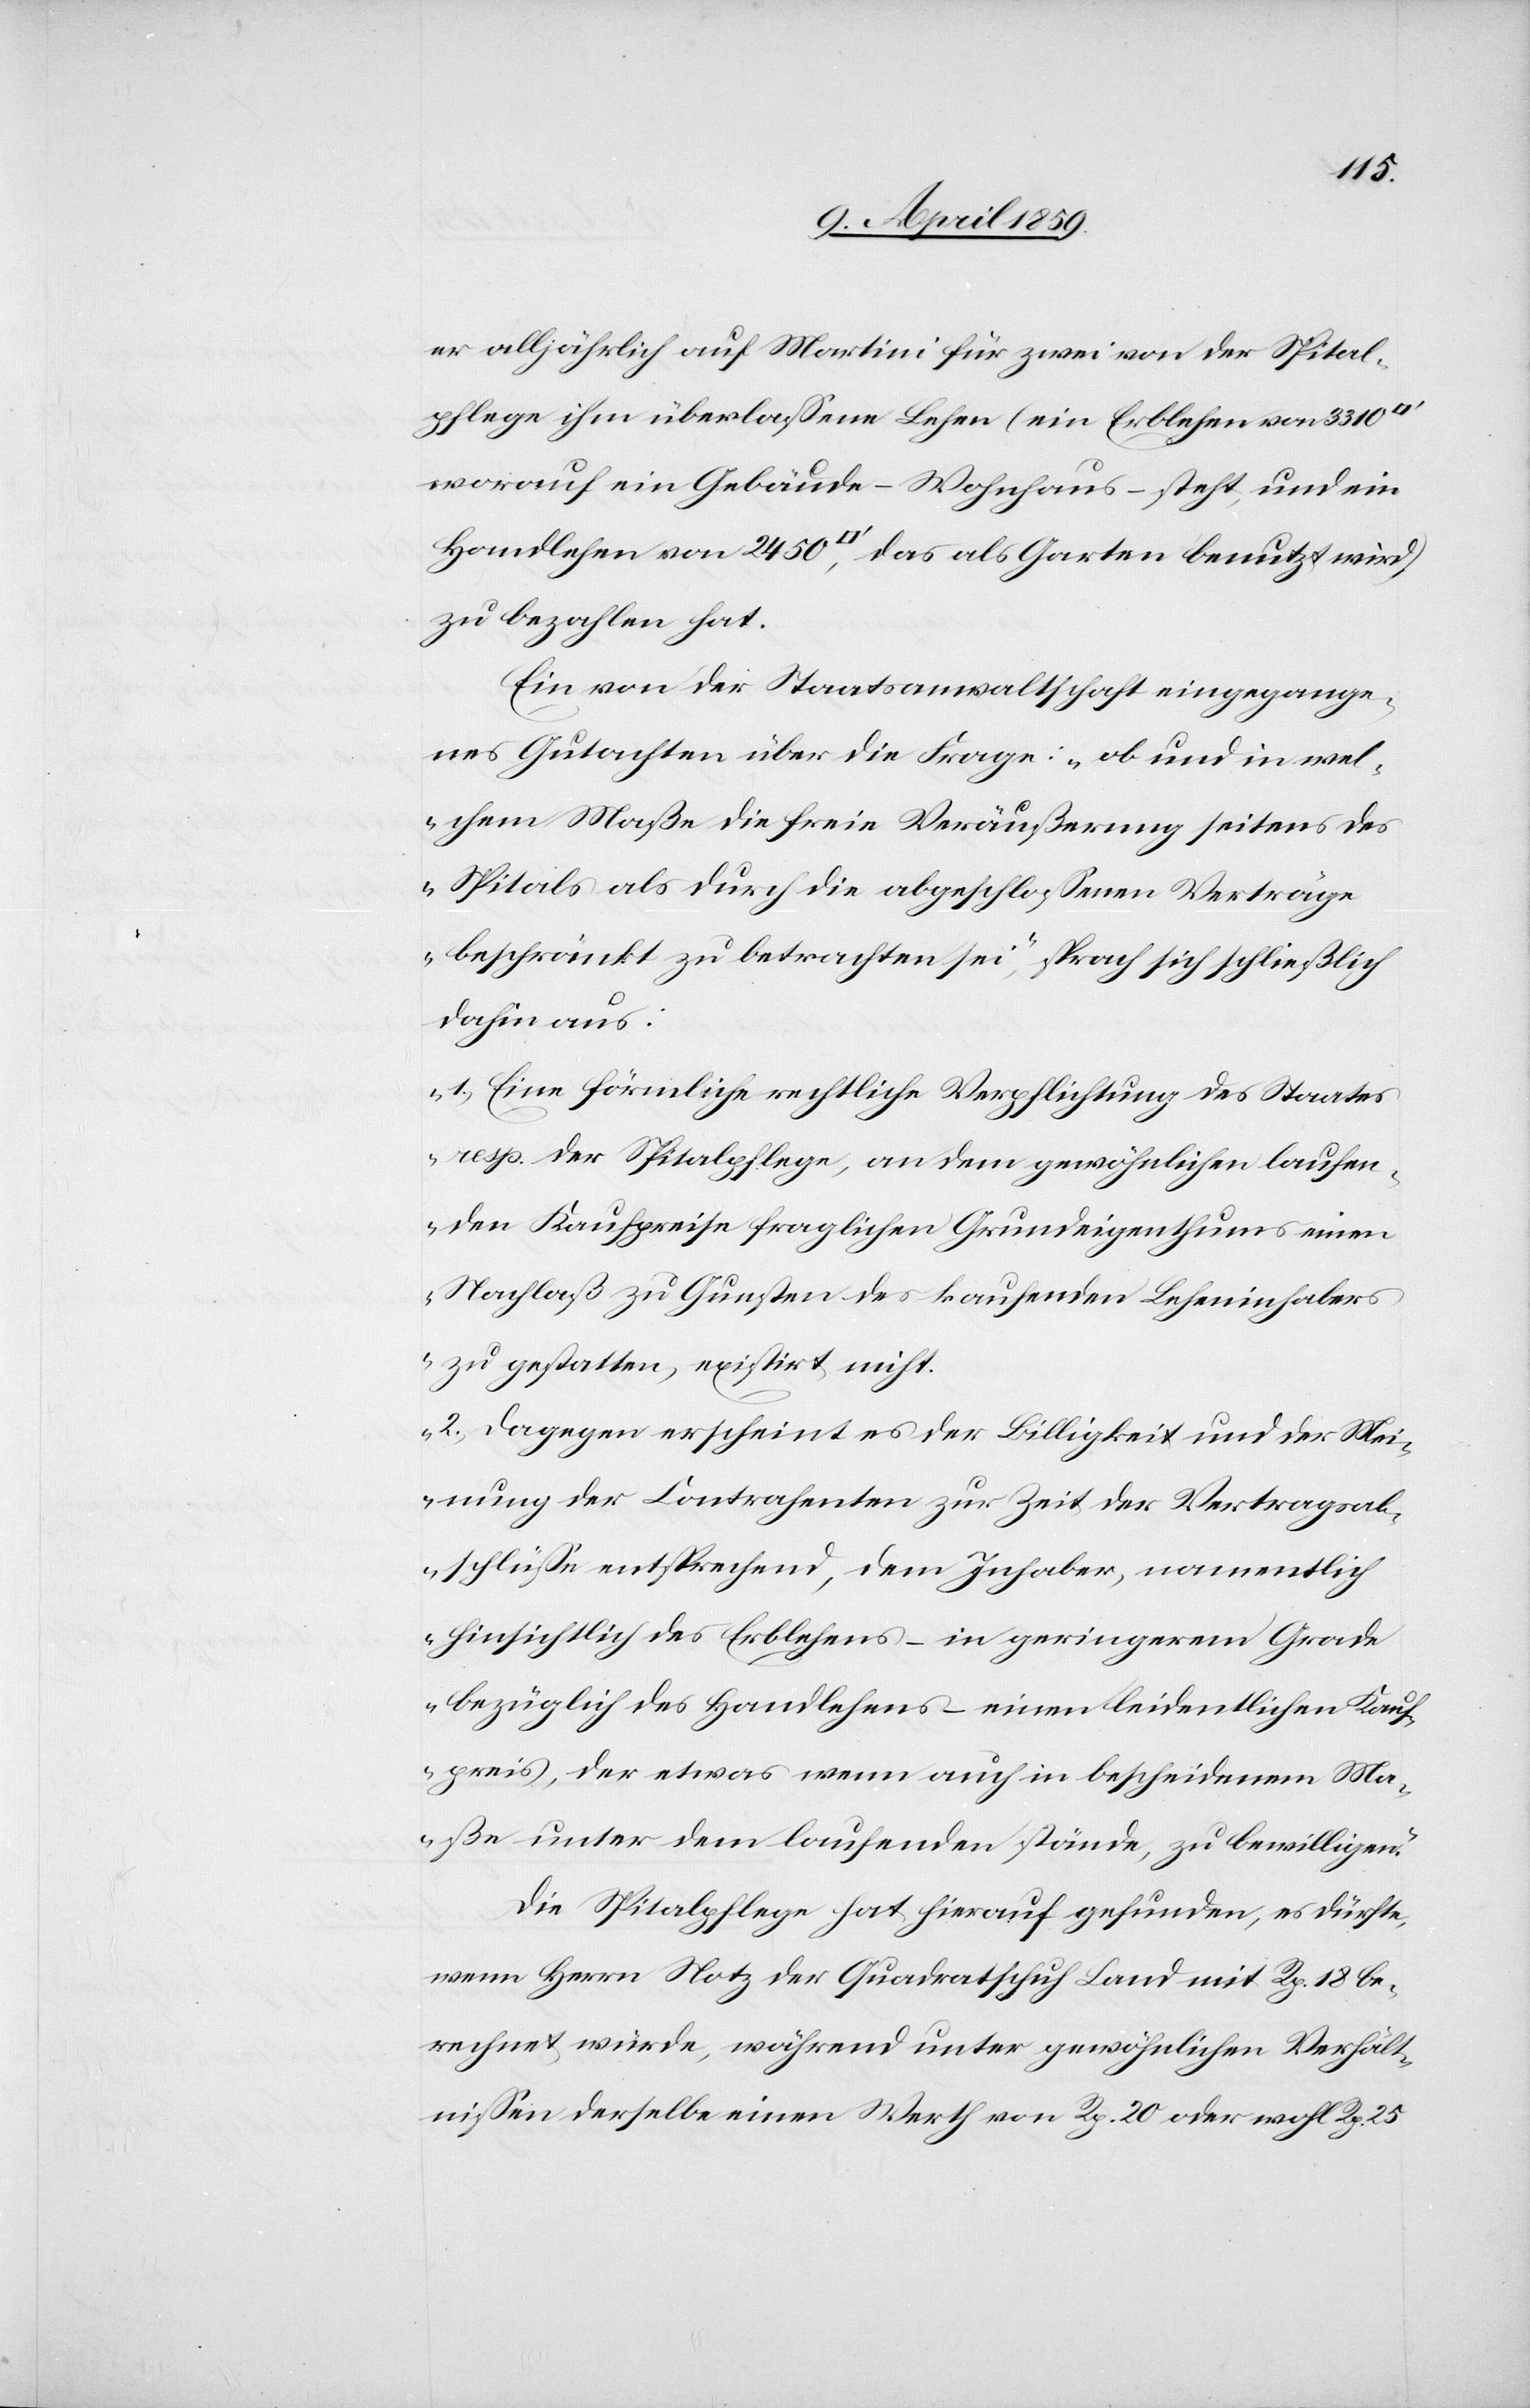
er alljährlich auf Martini für zwei von der Spital¬
pflege ihm überlaßene Lehen (ein Erblehen von 3310
worauf ein Gebäude – Wohnhaus – steht, und ein
Handlehen von 2450 [Quadratfuß], das als Garten benutzt wird)
zu bezahlen hat.
Ein von der Staatsanwaltschaft eingegange¬
nes Gutachten über die Frage: „ob und in wel¬
chem Maße die freie Veräußerung seitens des
Spitals als durch die abgeschloßenen Verträge
beschränkt zu betrachten sei“, sprach sich schließlich
dahin aus:
„1) Eine förmliche rechtliche Verpflichtung des Staates
resp. der Spitalpflege, an dem gewöhnlichen laufen¬
den Kaufpreise fraglichen Grundeigenthums einen
Nachlaß zu Gunsten des kaufenden Leheninhaber¬
s zu gestatten, existirt nicht.
2) Dagegen erscheint es der Billigkeit und der Mei¬
nung der Contrahenten zur Zeit der Vertragsab¬
schlüße entsprechend, dem Inhaber, namentlich
hinsichtlich des Erblehens – in geringerem Grade
bezüglich des Handlehens – einen leidentlichen Kauf¬
preis, der etwas wenn auch in bescheidenem Ma¬
ße unter dem laufenden stände, zu bewilligen.“
Die Spitalpflege hat hierauf gefunden, es dürfte,
wenn Herrn Notz der Quadratschuh Land mit Rp. 18 be¬
rechnet würde, während unter gewöhnlichen Verhält¬
nißen derselbe einen Werth von Rp. 20 oder wohl Rp. 25